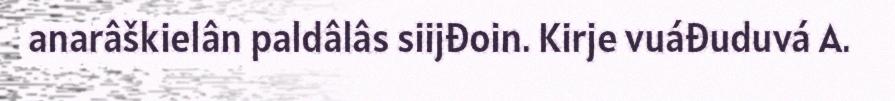
anarâškielân paldâlâs siijđoin. Kirje vuáđuduvá A.